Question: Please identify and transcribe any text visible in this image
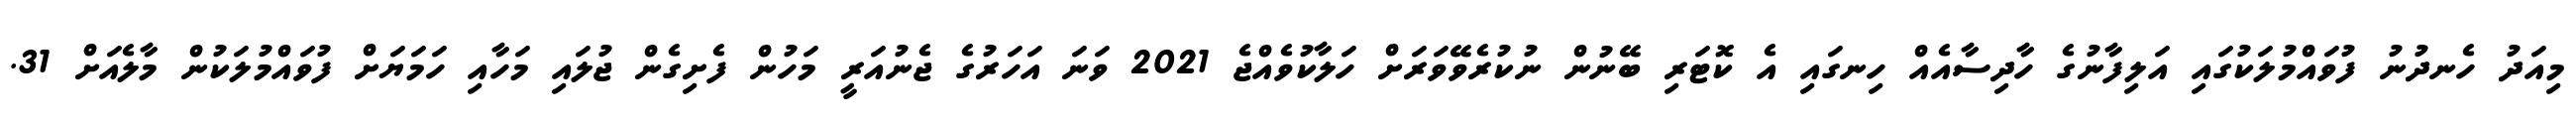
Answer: މިއަދު ހެނދުނު ފުވައްމުލަކުގައި އަލިފާނުގެ ހާދިސާއެއް ހިނގައި އެ ކޮޓަރި ބޭނުން ނުކުރެވޭވަރަށް ހަލާކުވެއްޖެ 2021 ވަނަ އަހަރުގެ ޖެނުއަރީ މަހުން ފެށިގެން ޖުލައި މަހާއި ހަމަޔަށް ފުވައްމުލަކުން މާލެއަށް 31.